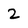
Character: 2